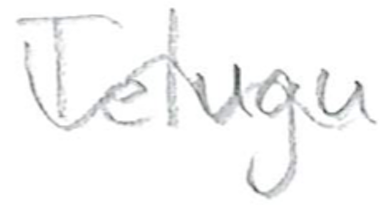
Text: Telugu
Cross-out: wave
Writing tool: pencil